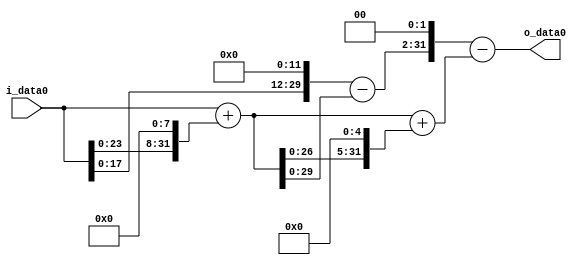
module multiplier_block_28 (
    i_data0,
    o_data0
);
  input   [31:0] i_data0;
  output  [31:0]
    o_data0;
  wire [31:0]
    w1,
    w256,
    w257,
    w8224,
    w8481,
    w4096,
    w3839,
    w15356,
    w6875;
  assign w1 = i_data0;
  assign w15356 = w3839 << 2;
  assign w256 = w1 << 8;
  assign w257 = w1 + w256;
  assign w3839 = w4096 - w257;
  assign w4096 = w1 << 12;
  assign w6875 = w15356 - w8481;
  assign w8224 = w257 << 5;
  assign w8481 = w257 + w8224;
  assign o_data0 = w6875;
endmodule